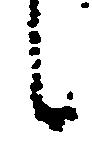
候